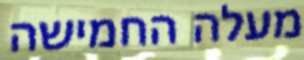
מעלה החמישה